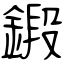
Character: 鍛